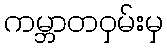
ကမ္ဘာတဝှမ်းမှ